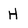
Character: H